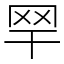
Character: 䍑